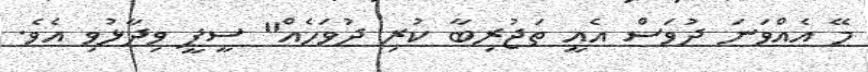
މޭ އެއްވަނަ ދުވަސް އެއީ ތަޖުރިބާ ކުރި ދުވަހެއް" ސީޕީ ވިދާޅުވި އެވެ.